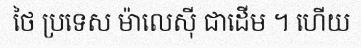
ថៃ ប្រទេស ម៉ាលេស៊ី ជាដើម ។ ហើយ